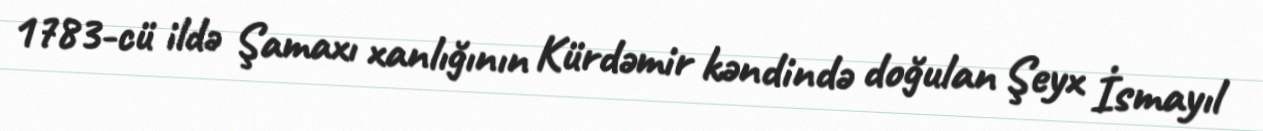
1783-cü ildə Şamaxı xanlığının Kürdəmir kəndində doğulan Şeyx İsmayıl